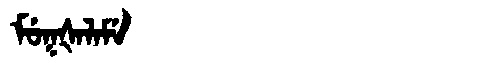
Manchu: ᠮᡠᡴᡧᠠᠯᠠᠮᡝ
Romanization: MUKŠALAME